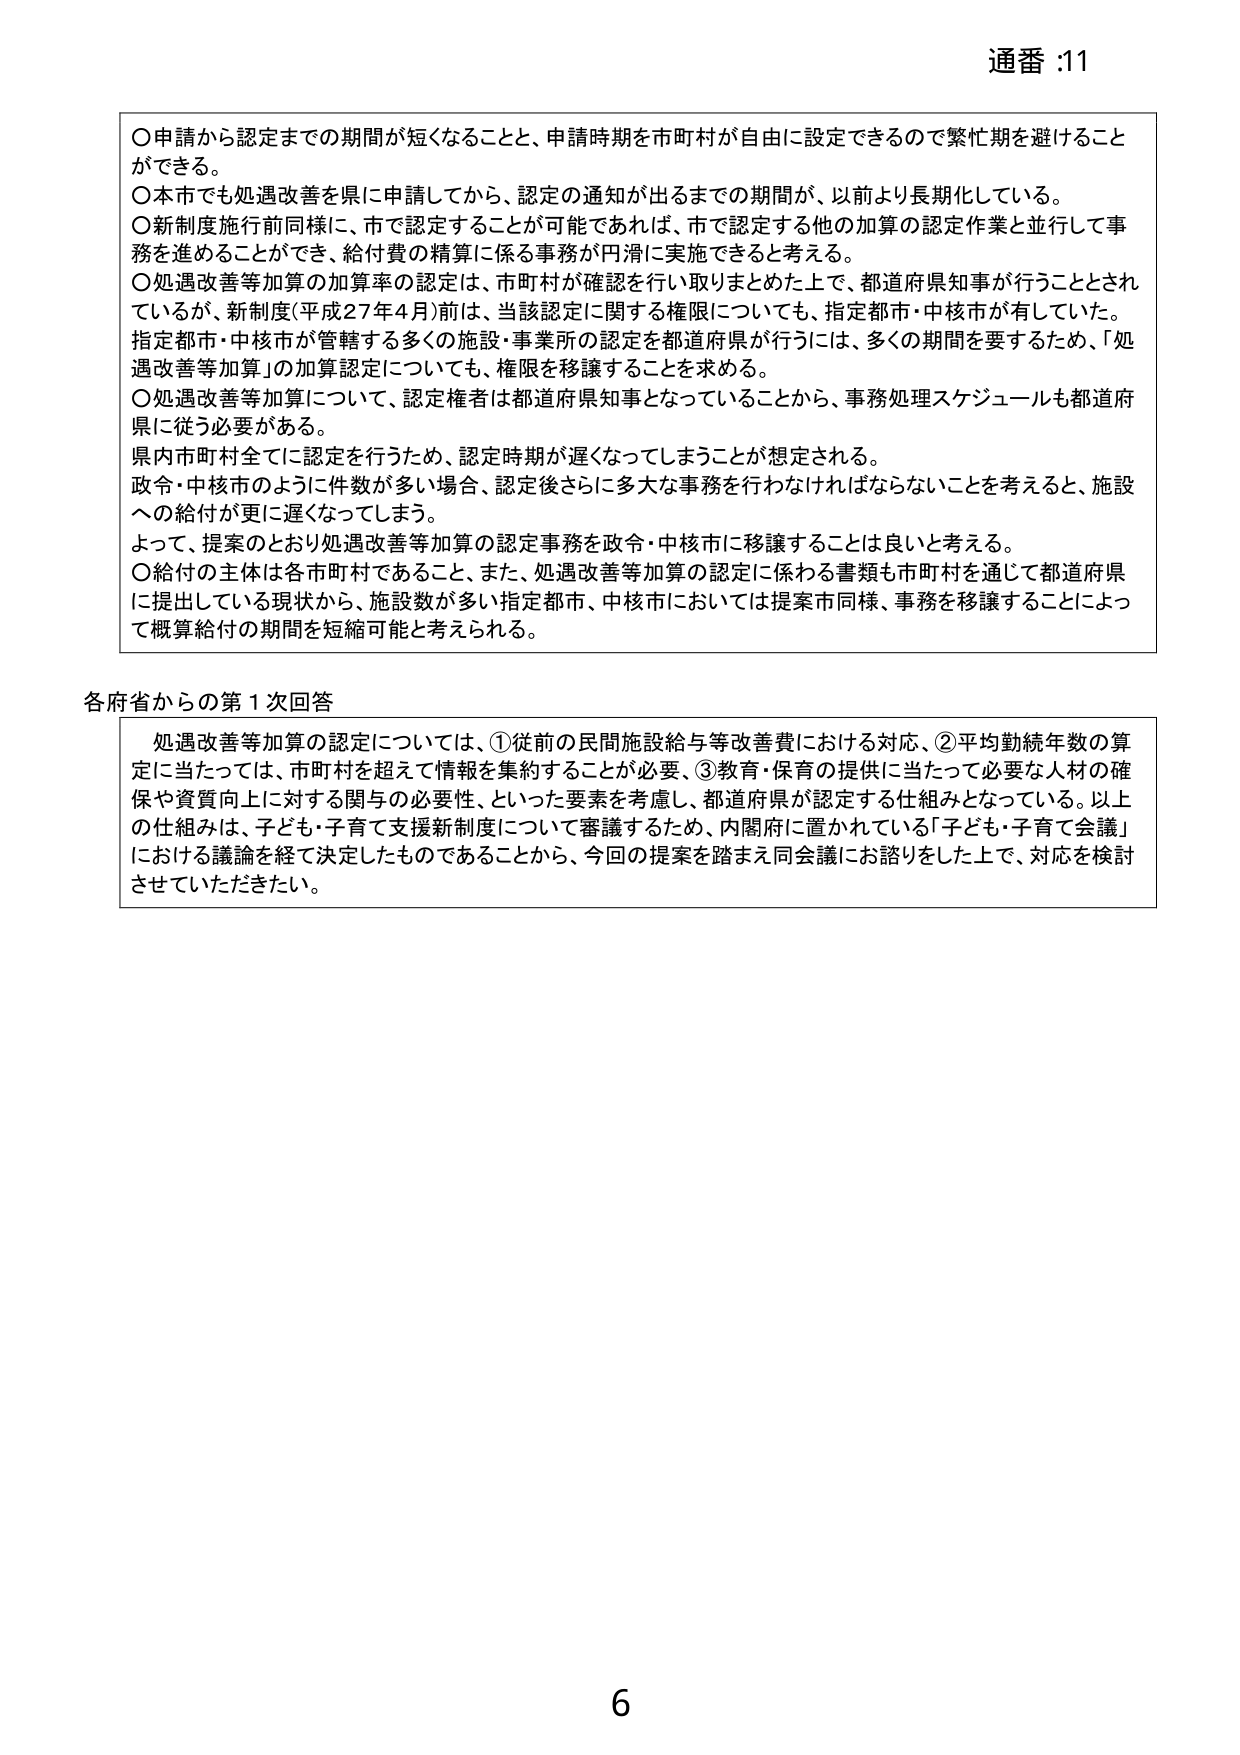
通番 :11

〇申請から認定までの期間が短くなることと、申請時期を市町村が自由に設定できるので繁忙期を避けることができる。
〇本市でも処遇改善を県に申請してから、認定の通知が出るまでの期間が、以前より長期化している。
〇新制度施行前同様に、市で認定することが可能であれば、市で認定する他の加算の認定作業と並行して事務を進めることができ、給付費の精算に係る事務が円滑に実施できると考える。
〇処遇改善等加算の加算率の認定は、市町村が確認を行い取りまとめた上で、都道府県知事が行うこととされているが、新制度(平成27年4月)前は、当該認定に関する権限についても、指定都市・中核市が有していた。指定都市・中核市が管轄する多くの施設・事業所の認定を都道府県が行うには、多くの期間を要するため、「処遇改善等加算」の加算認定についても、権限を移譲することを求める。
〇処遇改善等加算について、認定権者は都道府県知事となっていることから、事務処理スケジュールも都道府県に従う必要がある。
県内市町村全てに認定を行うため、認定時期が遅くなってしまうことが想定される。
政令・中核市のように件数が多い場合、認定後さらに多大な事務を行わなければならないことを考えると、施設への給付が更に遅くなってしまう。
よって、提案のとおり処遇改善等加算の認定事務を政令・中核市に移譲することは良いと考える。
〇給付の主体は各市町村であること、また、処遇改善等加算の認定に係わる書類も市町村を通じて都道府県に提出している現状から、施設数が多い指定都市、中核市においては提案同様、事務を移譲することによって概算給付の期間を短縮可能と考えられる。

各府省からの第1次回答

　処遇改善等加算の認定については、①従前の民間施設給与等改善費における対応、②平均勤続年数の算定に当たっては、市町村を超えて情報を集約することが必要、③教育・保育の提供に当たって必要な人材の確保や資質向上に対する関与の必要性、といった要素を考慮し、都道府県が認定する仕組みとなっている。以上の仕組みは、子ども・子育て支援新制度について審議するため、内閣府に置かれている「子ども・子育て会議」における議論を経て決定したものであることから、今回の提案を踏まえ同会議にお諮りした上で、対応を検討させていただきたい。

6